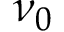
\nu _ { 0 }